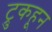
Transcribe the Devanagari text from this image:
ट्रुकहून